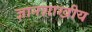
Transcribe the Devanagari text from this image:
ज्ञानशाखीय